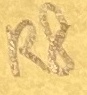
Text: R8